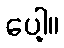
ပေါ့။